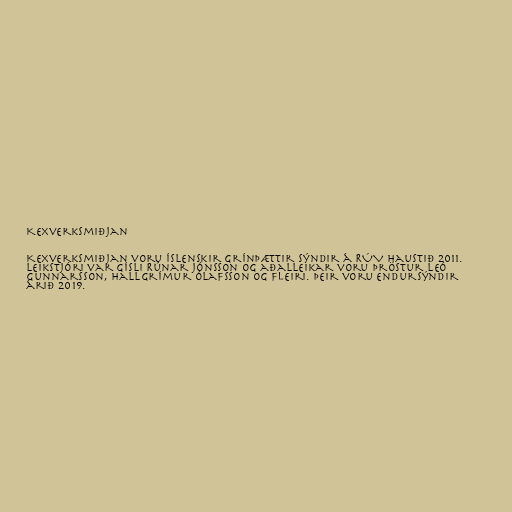
Kexverksmiðjan

Kexverksmiðjan voru íslenskir grínþættir sýndir á RÚV haustið 2011.
Leikstjóri var Gísli Rúnar Jónsson og aðalleikar voru Þröstur Leó
Gunnarsson, Hallgrímur Ólafsson og fleiri. Þeir voru endursýndir
árið 2019.